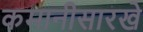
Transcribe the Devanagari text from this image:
कमानीसारखे